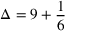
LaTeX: \Delta = 9 + { \frac { 1 } { 6 } }